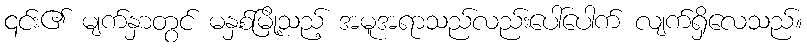
၎င်း၏ မျက်နှာတွင် မနှစ်မြို့သည့် အမူအရာသည်လည်းပေါ်ပေါက် လျက်ရှိလေသည်။